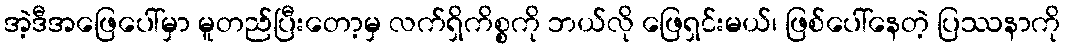
အဲ့ဒီအဖြေပေါ်မှာ မူတည်ပြီးတော့မှ လက်ရှိကိစ္စကို ဘယ်လို ဖြေရှင်းမယ်၊ ဖြစ်ပေါ်နေတဲ့ ပြဿနာကို